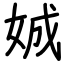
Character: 娍